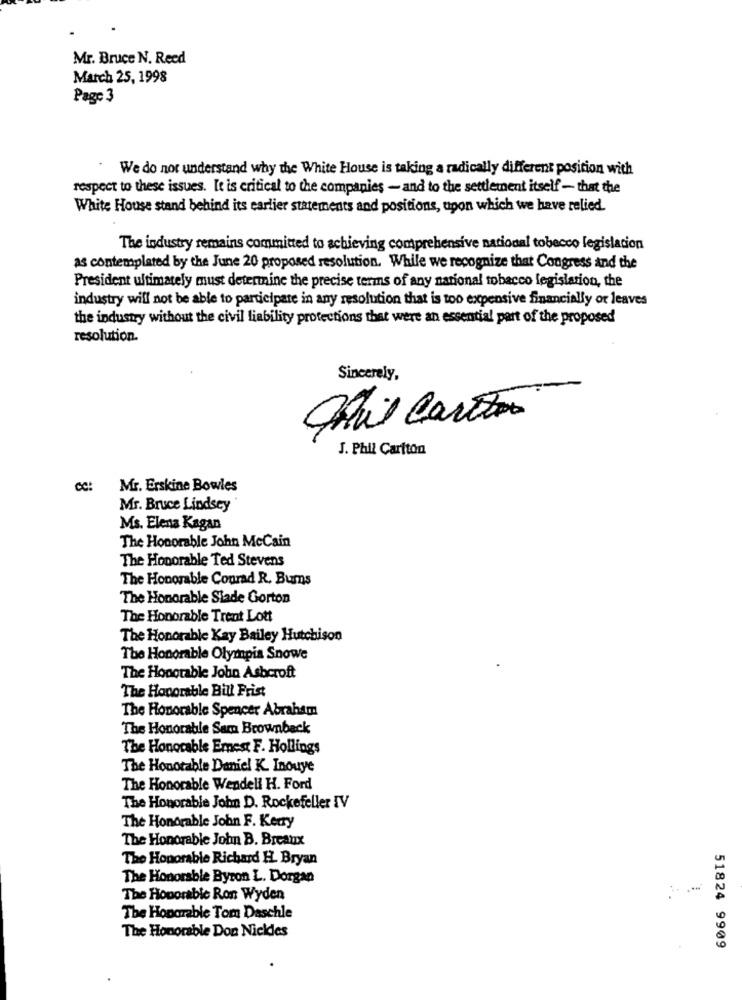
Mr. Bruce N. Reed
March 25, 1998
Page 3
We do not understand why the White House is taking a radically different position with
respect to these issues. It is critical to the companies - and to the settlement itself - that the
White House stand behind its earlier statements and positions, upon which we have relied.
The industry remains committed to achieving comprehensive national tobacco legislacion
as contemplated by the June 20 proposed resolution. While we recognize that Congress and the
President ultimately must determine the precise terms of any national tobacco legislation, the
industry will not be able to participate in any resolution that is too expensive financially or leaves
the industry without the civil liability protections that were an essential part of the proposed
resolution.
Sincerely,
J. Phil Cariton
Mr. Erskine Bowles
Mr. Bruce Lindsey
Ms. Elena Kagan
The Honorable John McCain
The Honorable Ted Stevens
The Honorable Conrad R. Burns
The Honorable Slade Gorton
The Honorable Trent Lott
The Honorable Kay Bailey Hutchison
The Honorable Olympia Snowe
The Honorable John Ashcroft
The Honorable Bill Prist
The Honorable Spencer Abraham
The Honorable Sam Brownback
The Honorable Emest F. Hollings
The Honorable Daniel K. Inouye
The Honorable Wendell H. Ford
The Honorable John D. Rockefeller IV
The Honorable John F. Kerry
The Honorable John B. Breaux
The Honorable Richard H. Bryan
The Honorable Byron L. Dorgan
The Hoporabic Ron Wyden
The Honorable Tom Daschle
The Honorable Don Nickdes
51824 9909